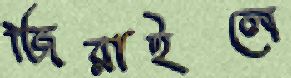
জিরাইলে